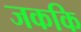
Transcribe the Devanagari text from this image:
जककि